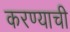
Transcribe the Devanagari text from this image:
करण्याची